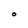
Character: O